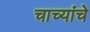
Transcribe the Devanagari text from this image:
चाच्यांचे